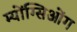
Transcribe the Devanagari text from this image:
म्योंग्सिओंग